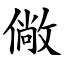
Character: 僘